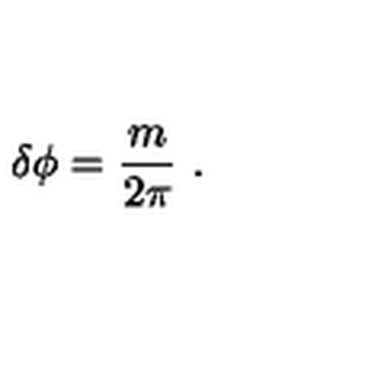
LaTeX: \delta \phi = { \frac { m } { 2 \pi } } \ .